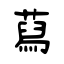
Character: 蕮